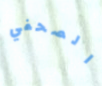
الصحفي